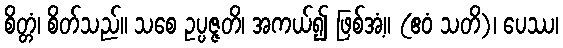
စိတ္တံ၊ စိတ်သည်။ သစေ ဥပ္ပဇ္ဇတိ၊ အကယ်၍ ဖြစ်အံ့။ (ဧဝံ သတိ)၊ ပေဿ၊